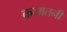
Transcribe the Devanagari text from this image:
कामतनी